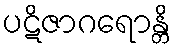
ပဋိဇာဂရောန္တိ